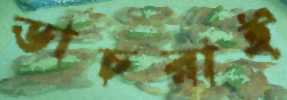
ডাচরাই